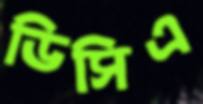
ডিসিএ